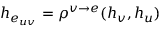
h _ { e _ { u v } } = \rho ^ { v \rightarrow e } ( h _ { v } , h _ { u } )